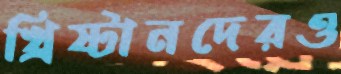
খ্রিষ্টানদেরও